Lock hospitals Punjab
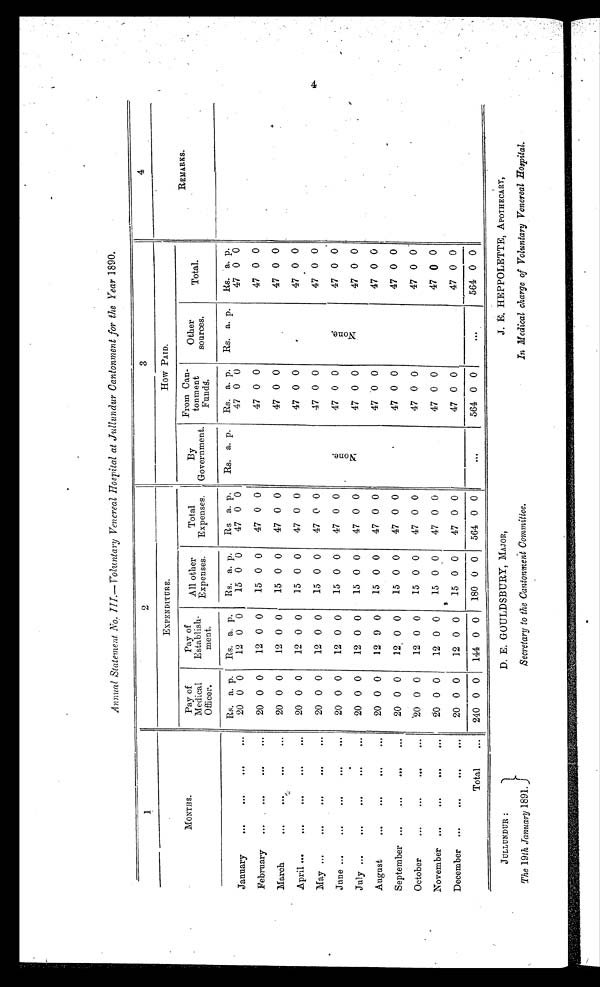
J U L L U N D U R
:
The 19th January 1891.
D. E. GOULDSBURY, MAJOR,
Secretary to the Cantonment Committee.
J. E. HEPPOLETTE, APOTHECARY,
In Medical charge of Voluntary Venereal Hospital.
Annual Statement No. III.—Voluntary Venereal Hospital at Jullundur Cantonment for the Year 1890.
I
2
3
4
MONTHS.
EXPENDITURE.
How PAID.
REMARKS.
Pay of
Medical
Officer.
Pay of
Establish-
ment.
All other
Expenses.
Total
Expenses.
By
Government.
From Can-
t o m n t F u n d s .
Other
sources.
Total.
January
...
...
...
...
Rs. a. p.
Rs. a. p.
Rs. a. p.
Rs a. p.
Rs. a. p.
Rs. a. p.
Rs. a. p. Rs. a. p.
20 0 0
12 0 0
15 0 0
47 0 0
N o n e .
47 0 0
N o n e .
47 0 0
February ...
...
...
...
20 0 0
12 0 0
15 0 0
47 0 0
47 0 0
47 0 0
47 0 0
47 0 0
March
...
...
..
20 0 0
12 0 0
15 0 0
47 0 0
47 0 0
47 0 0
April
...
...
...
...
20 0 0
12 0 0
15 0 0
47 0 0
47 0 0
47 0 0
May
...
...
...
...
20 0 0
12 0 0
15 0 0
47 0 0
47 0 0
47 0
June
...
...
...
...
20 0 0
12 0 0
15 0 0
47 0 0
47 0 0
July
...
...
...
...
20 0 0
12 0 0
15 0 0
47 0 0
47 0 0
47 0 0
August
...
...
...
...
20 0 0
12 9 0
15 0 0
47 0 0
47 -0 0
47 0 0
47 0 0
September ...
...
...
...
20 0 0
12 0 0
15 0 0
47 0 0
47 0 0 -
October
...
...
...
...
'20 0 0
12 0 0
15 0 0
47 0 0
47 0 0
47 0 0
47 0 0
November ...
...
...
...
20 0 0
12 0 0
15 0 0
47 0 0
December ...
...
...
...
20 0 0
12 0 0
15 0 0
47 0 0
47 0 0
47 0 0
Total
...
240 0 0 144 0 0
180 0 0
564 0 0
. . .
564 0 0
. . .
564 0 0